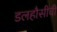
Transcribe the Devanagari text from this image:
डलहौसीची